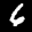
Label: 6